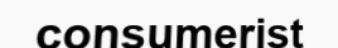
consumerist